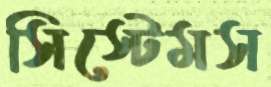
সিস্টেমস